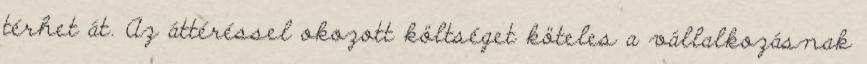
térhet át. Az áttéréssel okozott költséget köteles a vállalkozásnak